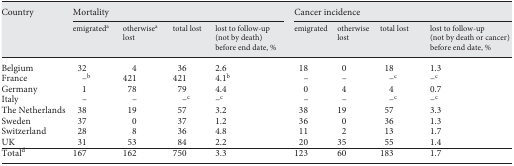
| Country | <COLSPAN=4> Mortality | <COLSPAN=4> Cancer incidence |
 | --- | --- | --- | --- | --- | --- | --- | --- | --- |
 |  | emigrateda | otherwisea lost | total lost | lost to follow-up (not by death) before end date, % | emigrated | otherwise lost | total lost | lost to follow-up (not by death or cancer) before end date, % |
 | Belgium | 32 | 4 | 36 | 2.6 | 18 | 0 | 18 | 1.3 |
 | France | _b | 421 | 421 | 4.1b | – | – | _c | _c |
 | Germany | 1 | 78 | 79 | 4.4 | 0 | 4 | 4 | 0.7 |
 | Italy | – | – | _c | _b | – | – | _c | _c |
 | The Netherlands | 38 | 19 | 57 | 3.2 | 38 | 19 | 57 | 3.3 |
 | Sweden | 37 | 0 | 37 | 1.2 | 36 | 0 | 36 | 1.3 |
 | Switzerland | 28 | 8 | 36 | 4.8 | 11 | 2 | 13 | 1.7 |
 | UK | 31 | 53 | 84 | 2.2 | 20 | 35 | 55 | 1.4 |
 | Totald | 167 | 162 | 750 | 3.3 | 123 | 60 | 183 | 1.7 |